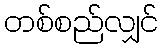
တစ်စည်လျှင်